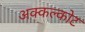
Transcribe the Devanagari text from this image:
अक्कल्कोट